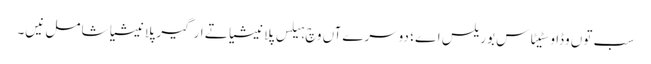
سب تو‏ں وڈا وسٹیٹاس بوریلس اے ؛ دوسرےآں وچ ہیلس پلانیشیا تے ارگیر پلانیشیا شامل نیں۔